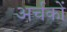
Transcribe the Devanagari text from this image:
अर्चकों